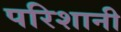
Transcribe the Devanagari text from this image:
परिशानी